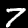
Label: 7